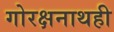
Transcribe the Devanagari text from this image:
गोरक्षनाथही